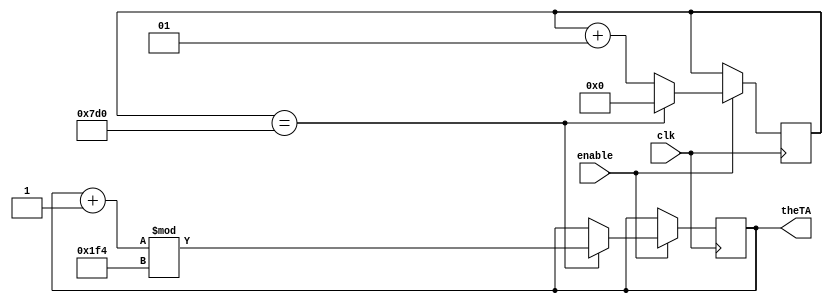
module  theta(
		input clk,
		input enable,
		output  reg  [8:0] theTA);
		 
	
	integer div = 2000; // slow down the speed to send the angle to look up table
	integer r = 0;
	

	
always @(posedge clk ) begin
	if(enable == 1'b1) begin
		if(r == div ) begin
			theTA = (theTA + 9'b1) % 9'd500; // theta_a is flopped theat 0 to 499 
			r = 0;
	
		end
		else begin
			r = r + 1;
		end
	end 
end	
endmodule